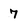
Character: 7